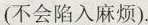
(不会陷入麻烦).